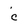
Character: c